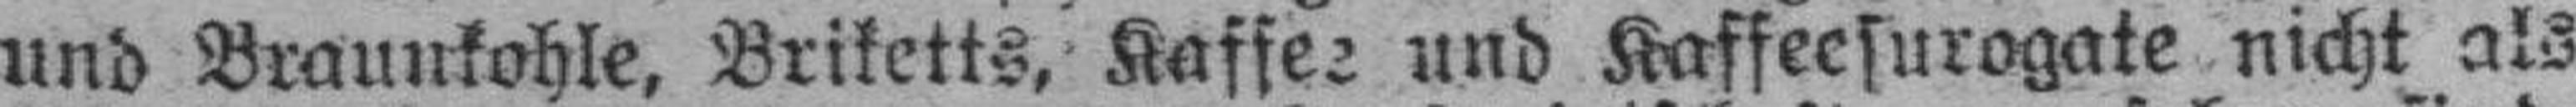
und Braunkohle, Briketts, Kaffee und Kaffeesurogate nicht als